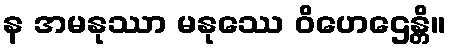
န အမနုဿာ မနုဿေ ဝိဟေဌေန္တိ။